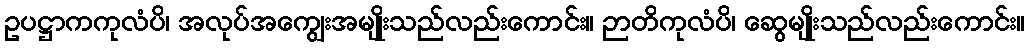
ဥပဋ္ဌာကကုလံပိ၊ အလုပ်အကျွေးအမျိုးသည်လည်းကောင်း။ ဉာတိကုလံပိ၊ ဆွေမျိုးသည်လည်းကောင်း။